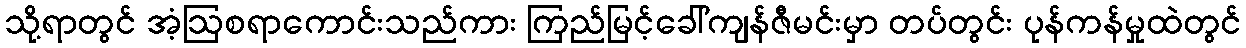
သို့ရာတွင် အံ့ဩစရာကောင်းသည်ကား ကြည်မြင့်ခေါ်ကျန်ဇီမင်းမှာ တပ်တွင်း ပုန်ကန်မှုထဲတွင်